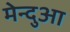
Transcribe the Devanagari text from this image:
मेन्दुआ